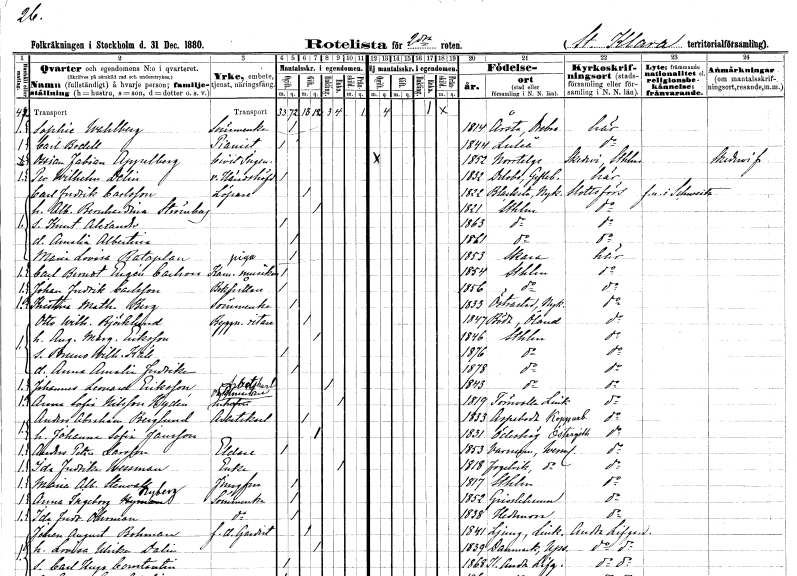
gt_parse: households: individuals: FN: Sophie
EN: Wahlberg
YRKE: Sömmerska
KON: K
CIV: O
FODAR: 1814
FODFORS: Ånsta Örebro län
FN: Carl
EN: Bodell
YRKE: Pianist
KON: M
CIV: O
FODAR: 1844
FODFORS: Luleå Norrbottens län
FN: Ossian Fabian
EN: Appelberg
YRKE: Civilingenjör
KON: M
CIV: O
FODAR: 1852
FODFORS: Norrtälje Stockholms län
FN: Per Wilhelm
EN: Delin
YRKE: Häradshövding vice
KON: M
CIV: O
FODAR: 1832
FODFORS: Delsbo Gävleborgs län
FN: Carl Fredrik
EN: Carlsson
YRKE: Löpare
KON: M
CIV: G
FODAR: 1822
FODFORS: Blacksta Södermanlands län
FN: Albertina Bernhardina
EN: Strömberg
KON: K
CIV: G
FODAR: 1821
FODFORS: Stockholm
FN: Knut Alexander
KON: M
CIV: O
FODAR: 1863
FODFORS: Stockholm
FN: Amalia Albertina
KON: K
CIV: O
FODAR: 1861
FODFORS: Stockholm
FN: Maria Lovisa
EN: Rataplan
YRKE: Piga
KON: K
CIV: O
FODAR: 1853
FODFORS: Skara Skaraborgs län
FN: Carl Berndt Eugén
EN: Carlson
YRKE: Kammarmusiker
KON: M
CIV: O
FODAR: 1854
FODFORS: Stockholm
FN: Johan Fredrik
EN: Carlsson
YRKE: Bokhållare
KON: M
CIV: O
FODAR: 1856
FODFORS: Stockholm
FN: Kristina Mathilda
EN: Berg
YRKE: Sömmerska
KON: K
CIV: O
FODAR: 1833
FODFORS: Nyköping Södermanlands län
FN: Otto Wilhelm
EN: Björklund
YRKE: Byggnadsritare
KON: M
CIV: G
FODAR: 1847
FODFORS: Böda Kalmar län
FN: Augusta Margaretha
EN: Eriksson
KON: K
CIV: G
FODAR: 1846
FODFORS: Stockholm
FN: Bruno Wilhelm Käll
KON: M
CIV: O
FODAR: 1876
FODFORS: Stockholm
FN: Anna Amalia Fredrika
KON: K
CIV: O
FODAR: 1878
FODFORS: Stockholm
FN: Johannes Leonard
EN: Eriksson
YRKE: Arbetskarl
KON: M
CIV: E
FODAR: 1843
FODFORS: Stockholm
FN: Anna Sofia
EN: Nilsson Hydén
YRKE: Vaktmästareänka
KON: K
CIV: E
FODAR: 1819
FODFORS: Törnevalla Östergötlands län
FN: Anders Abraham
EN: Berglund
YRKE: Arbetskarl
KON: M
CIV: G
FODAR: 1833
FODFORS: Aspeboda Kopparbergs län
FN: Johanna Sofia
EN: Jansson
KON: K
CIV: G
FODAR: 1831
FODFORS: Ödeshög Östergötlands län
FN: Anders Peter
EN: Larsson
YRKE: Eldare
KON: M
CIV: O
FODAR: 1853
FODFORS: Varnum Värmlands län
FN: Ida Fredrika
EN: Wessman
YRKE: Änka
KON: K
CIV: E
FODAR: 1818
FODFORS: Fågelvik Värmlands län
FN: Maria Albertina
EN: Stenvall
YRKE: Jungfru
KON: K
CIV: O
FODAR: 1817
FODFORS: Stockholm
FN: Anna Ingeborg
EN: Nyberg
YRKE: Sömmerska
KON: K
CIV: O
FODAR: 1852
FODFORS: Väddö Stockholms län
FN: Ida Fredrika
EN: Öhrman
YRKE: Sömmerska
KON: K
CIV: O
FODAR: 1838
FODFORS: Hedemora Kopparbergs län